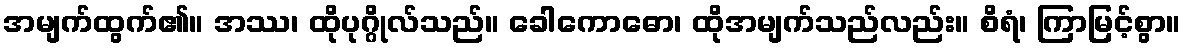
အမျက်ထွက်၏။ အဿ၊ ထိုပုဂ္ဂိုလ်သည်။ ခေါကောဓော၊ ထိုအမျက်သည်လည်း။ စိရံ၊ ကြာမြင့်စွာ။